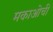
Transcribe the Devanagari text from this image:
मकाओची